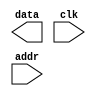
// by ccpizzadaisuki, modified 141103
// partly copied from github.com/jmahler/mips-cpu/
// Instruction Memory(single cycle).

/*
 * im.v - instruction memory
 *
 * Given a 32-bit address the data is latched and driven
 * on the rising edge of the clock.
 *
 * Currently it supports 7 address bits resulting in
 * 128 bytes of memory.  The lowest two bits are assumed
 * to be byte indexes and ignored.  Bits 8 down to 2
 * are used to construct the address.
 *
 */

`ifndef _im
`define _im


module im(data, clk, addr);
	output wire [31:0] 	data;
	input wire			clk;
	input wire 	[5:0] 	addr;

	reg [31:0] Imemory [0:63];  // 32-bit memory with 64 entries
	reg [9:0] k;

	/*initial begin
		$readmemh(IM_DATA, mem, 0, NMEM-1);
	end*/
	initial begin
		for (k = 0; k < 64; k = k+1) begin
			Imemory[k] = 32'b0;
	end

	end
	
	/*//You can give your own code block here.
	Imemory[0] = 32'b00100000000010000000000000100000; //addi
	Imemory[1] = 32'b00100000000010010000000000110111; //addi
	Imemory[2] = 32'b00000001000010011000000000100000; //add
	Imemory[3] = 32'b00000001000010011000100000100010; //sub
	Imemory[4] = 32'b00000001000010011001000000100100; //and
	Imemory[5] = 32'b00000001000010011001100000100101; //or
	Imemory[6] = 32'b00000001000010011010000000101010; //slt
	Imemory[7] = 32'b00000001100000000000000000000110; //beq
	Imemory[8] = 32'b00000001000010010101000000100000; //add
	Imemory[9] = 32'b00000001010010010101000000100000; //add
	Imemory[10] = 32'b00000001010010000101100000100000; //add
	Imemory[11] = 32'b10001100000101010000000000000100; //lw
	Imemory[12] = 32'b00000001010101011011000000100000; //add
	Imemory[13] = 32'b00000010101010111011100000100000; //add
	Imemory[14] = 32'b10101100000101010000000000001000; //sw
	Imemory[15] = 32'b00001000000000000000000000000110; //j*/
	//assign data = mem[addr[8:2]][31:0];
endmodule


`endif